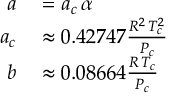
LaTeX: \begin{array} { r l } { a } & { { } = a _ { c } \, \alpha } \\ { a _ { c } } & { { } \approx 0 . 4 2 7 4 7 { \frac { R ^ { 2 } \, T _ { c } ^ { 2 } } { P _ { c } } } } \\ { b } & { { } \approx 0 . 0 8 6 6 4 { \frac { R \, T _ { c } } { P _ { c } } } } \end{array}